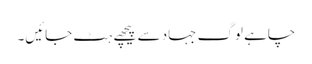
چاہے لوگ جہاد سے پیچھے ہٹ جائیں۔